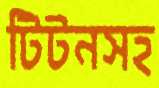
টিটনসহ